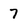
Character: 7